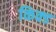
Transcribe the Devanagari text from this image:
किक्ड